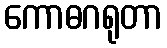
ကောဓဂရုတာ